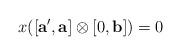
LaTeX: \begin{align*} x([\mathbf{a'},\mathbf{a}] \otimes [0,\mathbf{b}] )=0 \end{align*}